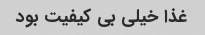
غذا خیلی بی کیفیت بود